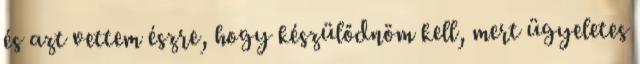
és azt vettem észre, hogy készülődnöm kell, mert ügyeletes